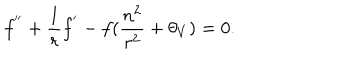
f ^ { ' ^ { \prime } } + \frac { 1 } { r } f ^ { ' } - f ( \frac { n ^ { 2 } } { r ^ { 2 } } + \theta _ { V } ) = 0 .